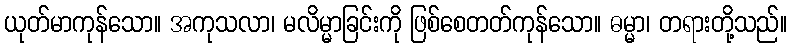
ယုတ်မာကုန်သော။ အကုသလာ၊ မလိမ္မာခြင်းကို ဖြစ်စေတတ်ကုန်သော။ ဓမ္မာ၊ တရားတို့သည်။